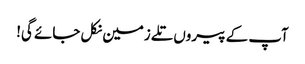
آپ کے پیروں تلے زمین نکل جائے گی!